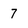
Character: 7